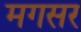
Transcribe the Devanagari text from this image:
मगसर